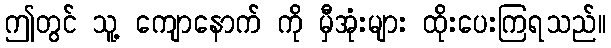
ဤတွင် သူ့ ကျောနောက် ကို မှီအုံးများ ထိုးပေးကြရသည်။